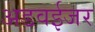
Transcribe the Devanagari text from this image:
अडवईजर